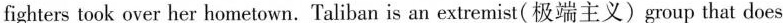
fighters took over her hometown. Taliban is an extremist(极端主义)group that does